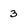
Character: 3